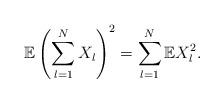
LaTeX: \begin{align*}\mathbb{E}\left(\sum_{l=1}^{N}X_l\right)^{2} = \sum_{l=1}^{N} \mathbb{E}X_l^2.\end{align*}